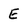
Character: E